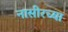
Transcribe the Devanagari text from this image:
नासीरच्या